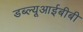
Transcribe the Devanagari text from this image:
डब्ल्यूआईबीबी